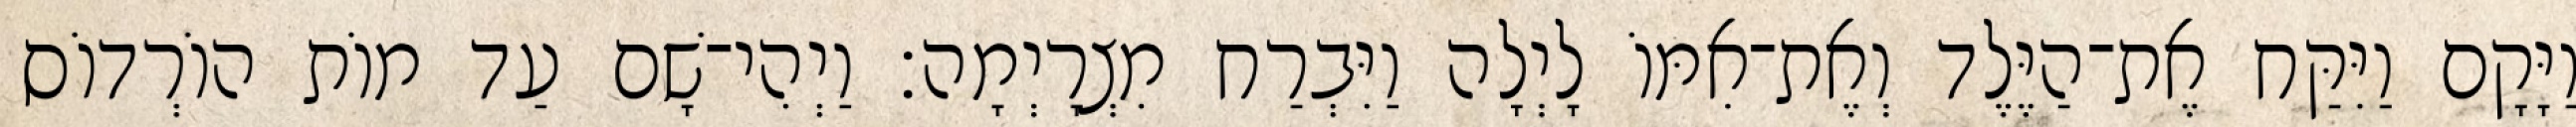
וַיָּקָם וַיִּקַּח אֶת־הַיֶּלֶד וְאֶת־אִמּוֹ לָיְלָה וַיִּבְרַח מִצְרָיְמָה׃ וַיְהִי־שָׁם עַד מוֹת הוֹרְדוֹס